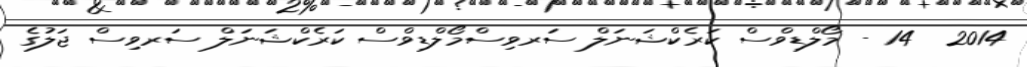
2014  14 - މޯލްޑިވްސް ކަރެކްޝަނަލް ސަރވިސްމޯލްޑިވްސް ކަރެކްޝަނަލް ސަރވިސް ޖަލުގެ